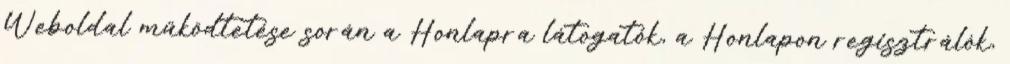
Weboldal működtetése során a Honlapra látogatók, a Honlapon regisztrálók,